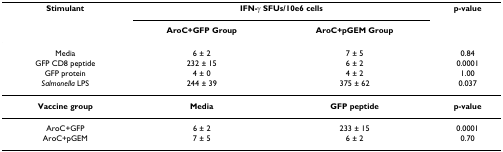
<table><thead><tr><td><b>Stimulant</b></td><td colspan="2"><b>IFN-γ SFUs/10e6 cells</b></td><td><b>p-value</b></td></tr><tr><td></td><td><b>AroC+GFP Group</b></td><td><b>AroC+pGEM Group</b></td><td></td></tr></thead><tbody><tr><td>Media</td><td>6 ± 2</td><td>7 ± 5</td><td>0.84</td></tr><tr><td>GFP CD8 peptide</td><td>232 ± 15</td><td>6 ± 2</td><td>0.0001</td></tr><tr><td>GFP protein</td><td>4 ± 0</td><td>4 ± 2</td><td>1.00</td></tr><tr><td><i>Salmonella </i>LPS</td><td>244 ± 39</td><td>375 ± 62</td><td>0.037</td></tr><tr><td><b>Vaccine group</b></td><td><b>Media</b></td><td><b>GFP peptide</b></td><td><b>p-value</b></td></tr><tr><td>AroC+GFP</td><td>6 ± 2</td><td>233 ± 15</td><td>0.0001</td></tr><tr><td>AroC+pGEM</td><td>7 ± 5</td><td>6 ± 2</td><td>0.70</td></tr></tbody></table>